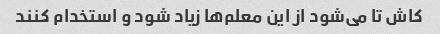
کاش تا می‌شود از این معلم‌ها زیاد شود و استخدام کنند